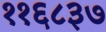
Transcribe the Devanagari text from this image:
११६८३७